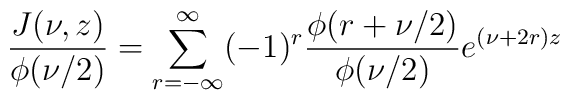
\frac{J(\nu, z)}{\phi(\nu/2)} = \sum^{\infty}_{r=-\infty}(-1)^r\frac{\phi (r+\nu/2)}{\phi(\nu/2)}e^{(\nu+2r)z}